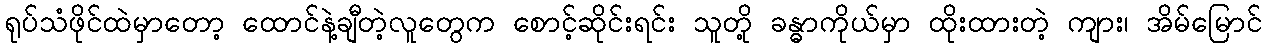
ရုပ်သံဖိုင်ထဲမှာတော့ ထောင်နဲ့ချီတဲ့လူတွေက စောင့်ဆိုင်းရင်း သူတို့ ခန္ဓာကိုယ်မှာ ထိုးထားတဲ့ ကျား၊ အိမ်မြောင်